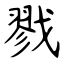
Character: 戮